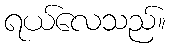
ရယ်လေသည်။